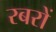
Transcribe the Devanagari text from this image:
रबरों